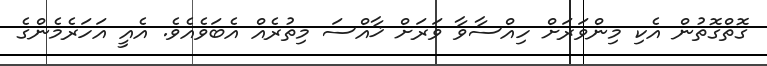
ގޮތްގޮތުން އެކި މިންވަރަށް ހިއްސާވާ ވަރަށް ޚާއްސަ މިތުރެއް އެބަވެއެވެ. އެއީ އަހަރެމެންގެ